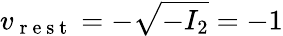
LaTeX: v_{\mathrm{~r~e~s~t~}}=-\sqrt{-I_{2}}=-1